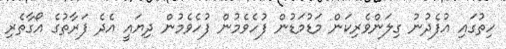
ހިތުގައި އުފެދުނު ގިލަންވެރިކަން މަޑުމަޑުން ފުހެވެމުން ފުހެވެމުން ދިޔައީ އެދެ ފަރާތުގެ އޯގާތެރި